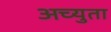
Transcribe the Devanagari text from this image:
अच्युता